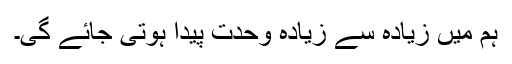
ہم میں زیادہ سے زیادہ وحدت پیدا ہوتی جائے گی۔